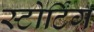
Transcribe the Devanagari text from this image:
स्टोर्टिंग